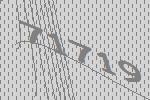
71719